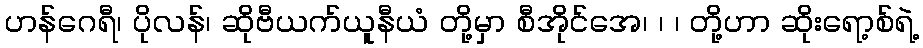
ဟန်ဂေရီ၊ ပိုလန်၊ ဆိုဗီယက်ယူနီယံ တို့မှာ စီအိုင်အေ၊ ၊ ၊ တို့ဟာ ဆိုးရော့စ်ရဲ့